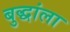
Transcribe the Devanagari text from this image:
बुद्धांला